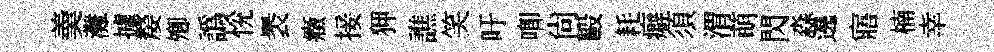
羮灘據嫠𡖖譌恱褁癥接狎譙笑吁唧尚毆耗癖須渭萌閃淼遶寤楠幸